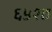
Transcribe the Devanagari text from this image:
६५१७